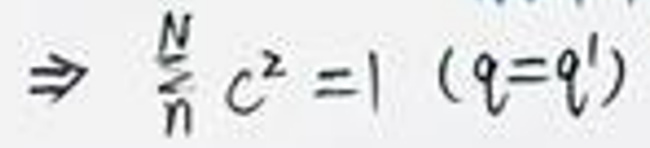
\[
\Rightarrow \sum_{n}^{N} c^{2}=1 \quad\left(q = q^{\prime}\right)
\]